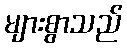
များစွာသည်